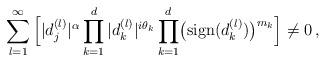
LaTeX: \begin{align*} \sum_{l=1}^\infty \Big[ |d_j^{(l)}|^{\alpha} \prod_{k=1}^d |d_k^{(l)}|^{i\theta_k} \prod_{k=1}^d \bigl( {\rm sign}(d_k^{(l)} )\bigr)^{m_k} \Big] \not= 0\,, \end{align*}